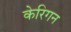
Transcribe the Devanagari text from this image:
केरिगन